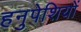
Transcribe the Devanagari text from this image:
हनुपेशियों